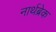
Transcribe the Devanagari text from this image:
नार्थब्रेक